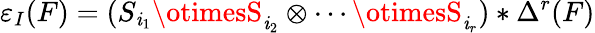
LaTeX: \varepsilon_{I}(F)=(S_{\mathit{i}_{1}}\otimesS_{\mathit{i}_{2}}\otimes\cdots\otimesS_{\mathit{i}_{r}})*\Delta^{r}(F)